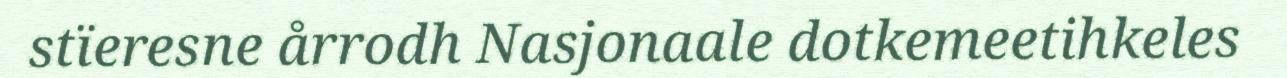
stïeresne årrodh Nasjonaale dotkemeetihkeles